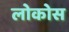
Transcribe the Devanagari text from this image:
लोकोस